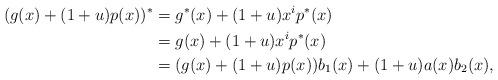
LaTeX: \begin{align*}(g(x) + (1+u)p(x))^* & = g^*(x)+ (1+u)x^ip^*(x) \\ & = g(x)+(1+u)x^ip^*(x)\\& = (g(x)+(1+u)p(x))b_1(x)+(1+u)a(x)b_2(x),\end{align*}